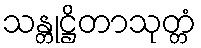
သန္တုဋ္ဌိတာသုတ္တံ